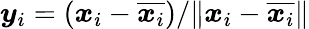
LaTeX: \boldsymbol{y}_{i}=(\boldsymbol{x}_{i}-\overline{{\boldsymbol{x}_{i}}})/\| \boldsymbol{x}_{i}-\overline{{\boldsymbol{x}_{i}}}\|